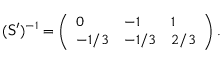
( \mathsf { S } ^ { \prime } ) ^ { - 1 } = \left( \begin{array} { l l l } { 0 } & { - 1 } & { 1 } \\ { - 1 / 3 } & { - 1 / 3 } & { 2 / 3 } \end{array} \right) .